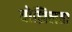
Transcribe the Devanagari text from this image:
बोझिलता